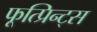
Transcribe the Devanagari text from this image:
फूत्प्रिन्ट्स